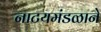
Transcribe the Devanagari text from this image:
नाटयमंडळाने